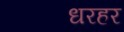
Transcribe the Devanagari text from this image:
धरहर